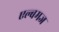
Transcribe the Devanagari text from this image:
एल्बमज